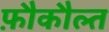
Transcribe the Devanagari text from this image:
फ़ौकौल्त